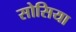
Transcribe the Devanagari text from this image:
सोसिया